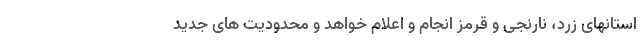
استانهای زرد، نارنجی و قرمز انجام و اعلام خواهد و محدودیت های جدید